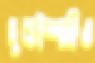
দুবাইশাহিও